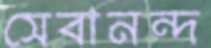
সেবানন্দ